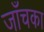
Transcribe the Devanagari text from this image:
जाँचका